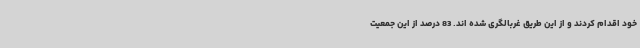
خود اقدام کردند و از این طریق غربالگری شده اند. 83 درصد از این جمعیت